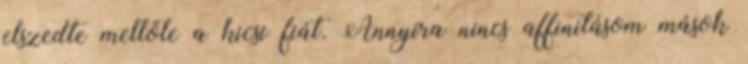
elszedte mellőle a kicsi fiát. Annyira nincs affinitásom mások